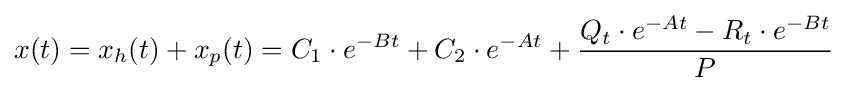
x(t)=x_{h}(t)+x_{p}(t)=C_{1}\cdot e^{-Bt}+C_{2}\cdot e^{-At}+{\frac {Q_{t}\cdot e^{-At}-R_{t}\cdot e^{-Bt}}{P}}